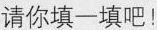
请你填一填吧！